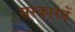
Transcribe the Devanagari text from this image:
सरकारनें